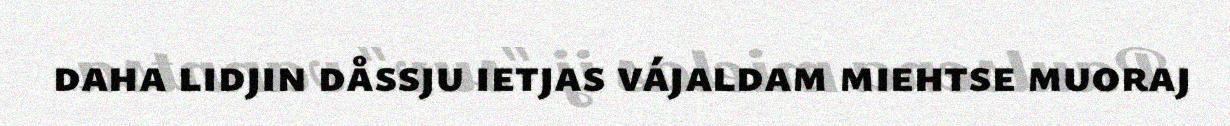
daha lidjin dåssju ietjas vájaldam miehtse muoraj